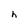
Character: h